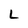
Character: L